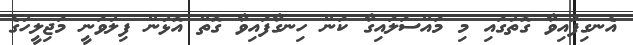
އެނގިފައިވާ ގޮތުގައި މި މައްސަލައިގާ ކަން ހިނގާފައިވާ ގޮތް އޮޅުން ފިލުވަނީ މަޖިލީހުގެ